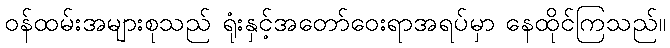
ဝန်ထမ်းအများစုသည် ရုံးနှင့်အတော်ဝေးရာအရပ်မှာ နေထိုင်ကြသည်။